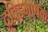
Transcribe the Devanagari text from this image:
द्रविडभाषक